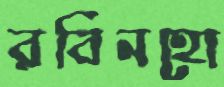
রবিনহো